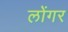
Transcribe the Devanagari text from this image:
लोंगर